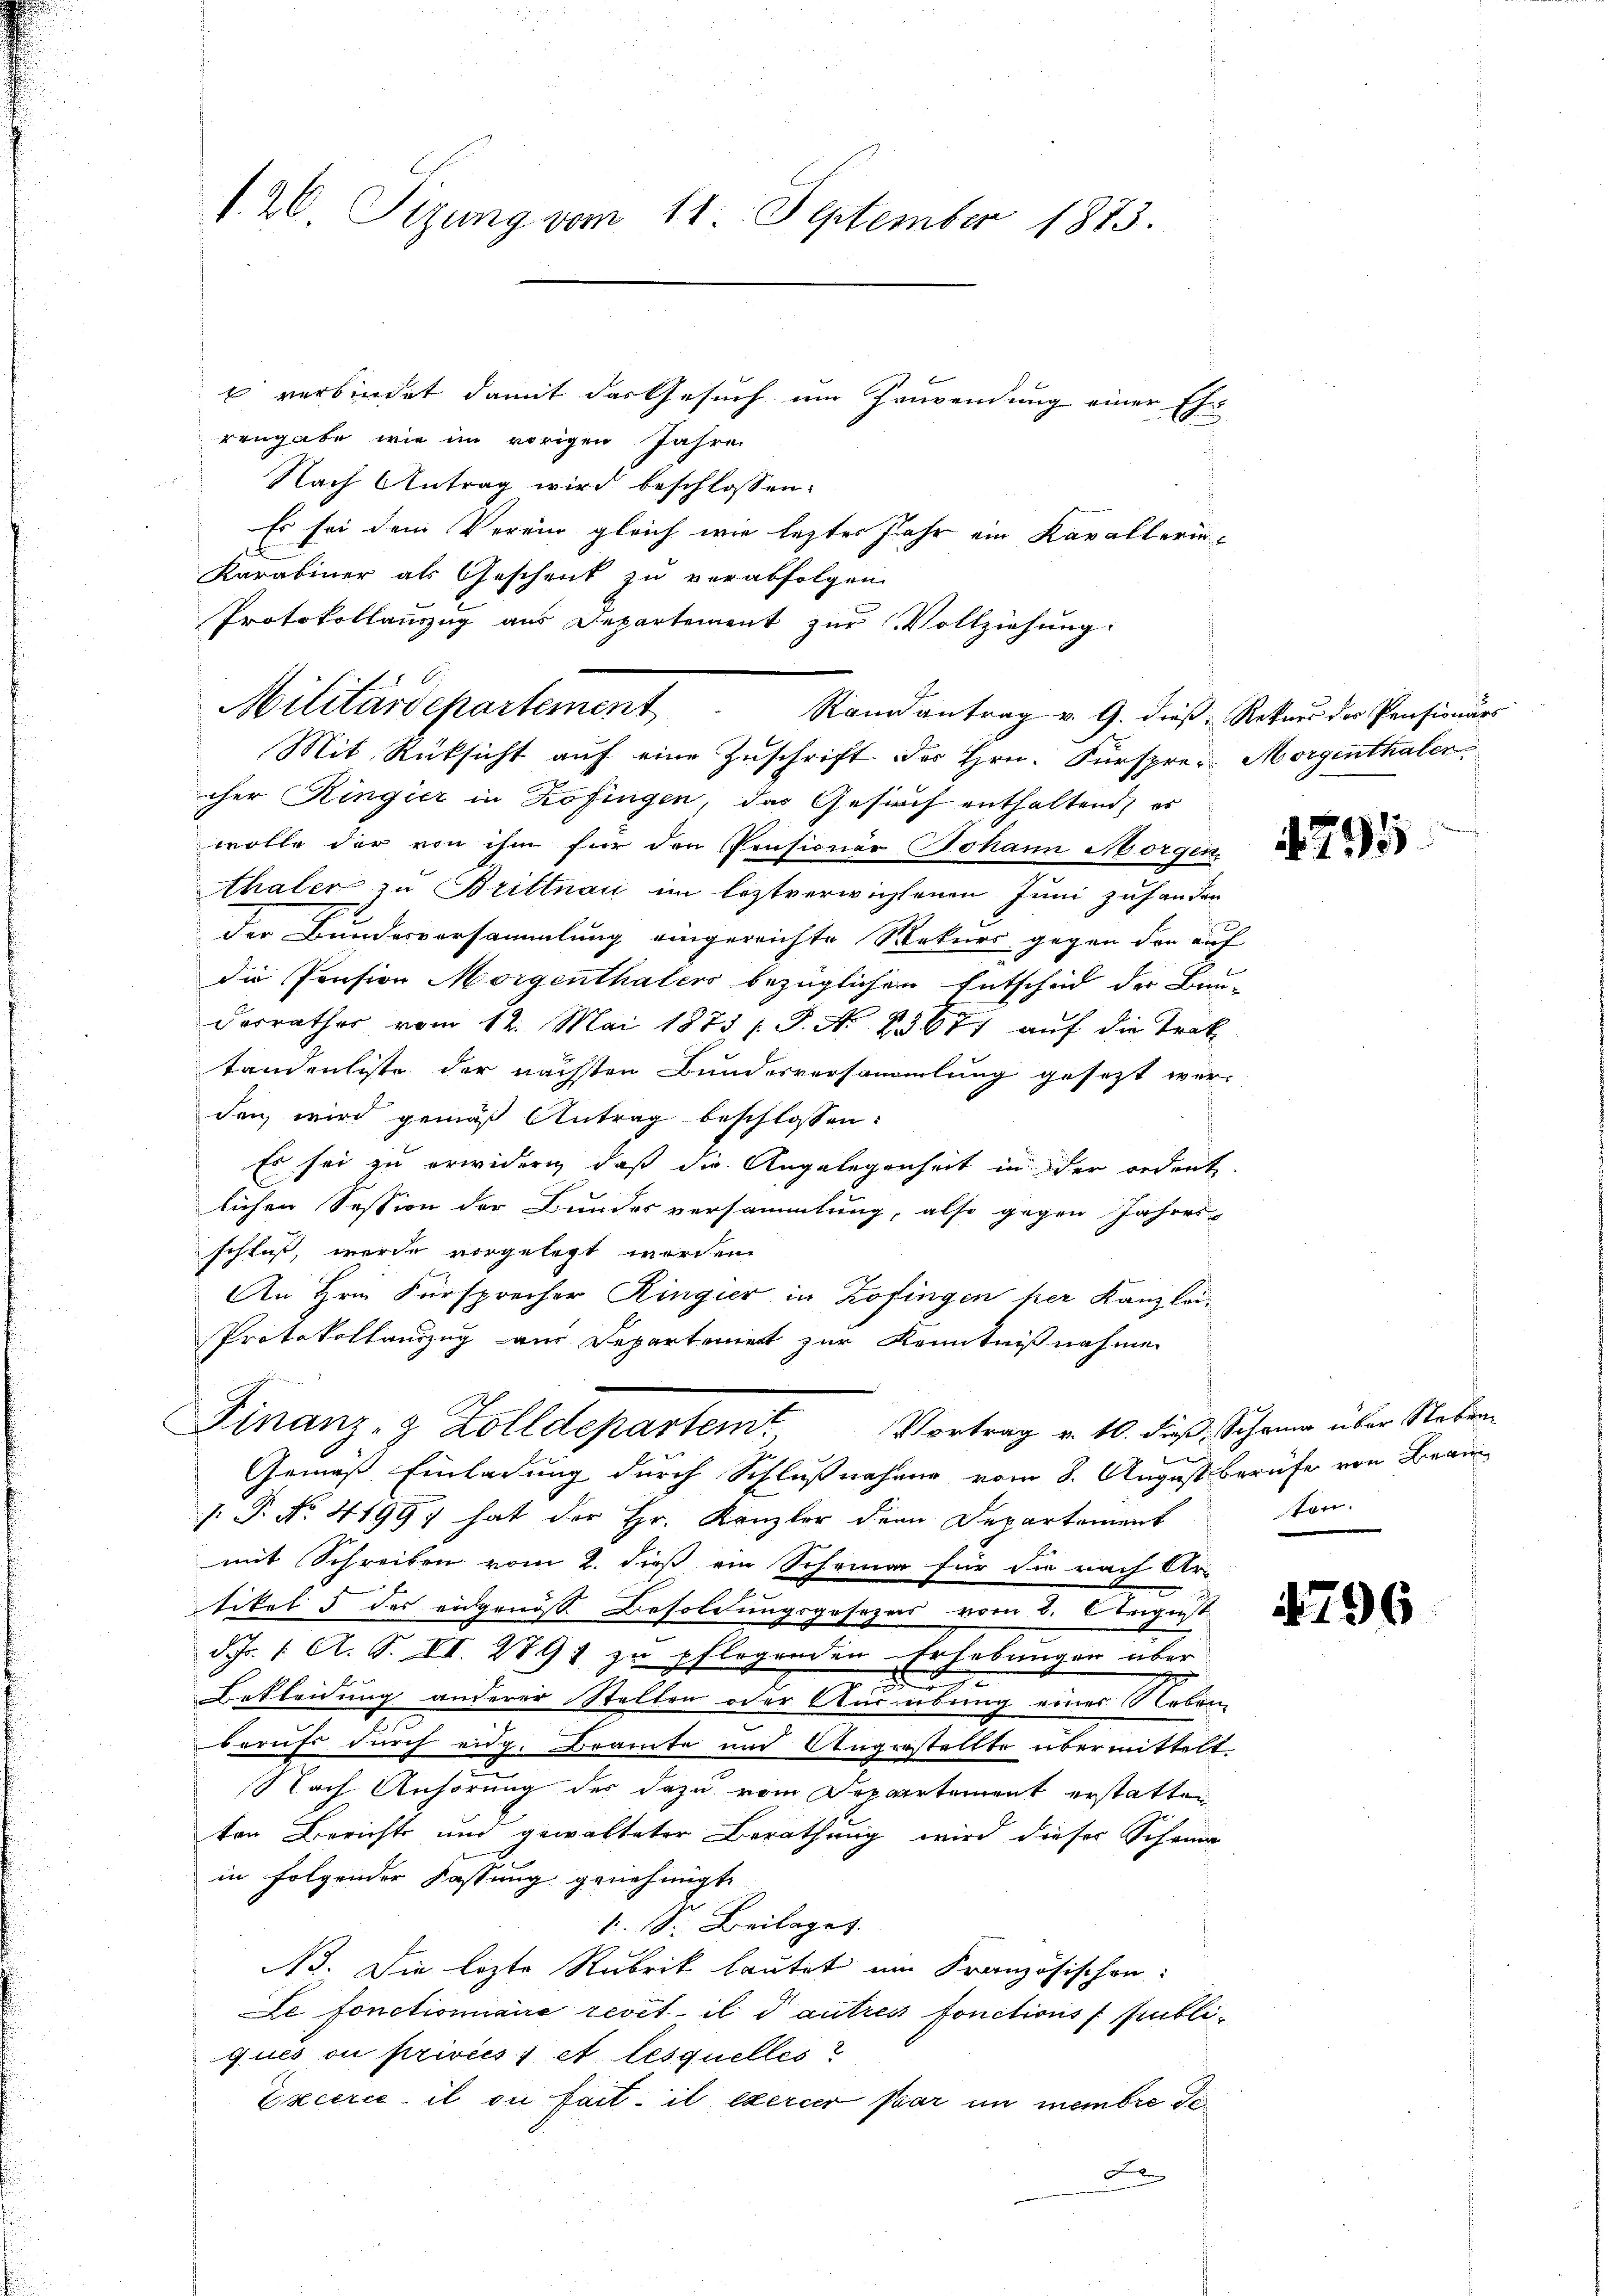
1. 26 Sizung vom 11. September 1873.

verbindet damit das Gesuch um Zuwendung einer Ehe
rengabe wie im vorigen Jahre
Nach Antrag wird beschlossen:
Es sei dem Verein gleich wie lezter Jahr ein Kavallerin¬
Karabiner als Geschenk zu verabfolgen.
Protokollauszug aus Departement zur Vollziehung.
Mit Rüksicht auf eine Zuschrift des Hrn. Fürspre-Morgenthalen
cher Ringier in Zofingen, das Gesuch enthaltend, es
wolle der von ihm für den Pensionär Johann Morgen,
Thaler zu Brittnau im leztverwichtenen Juni zufanden
der Bundesversammlung eingereichte Rekurs gegen der auf
die Pension Morgenthalers bezüglichen Entscheid der Bun-
derrathes vom 12. Mai 1873 s. S. No 83671 auf die Traktandenliste der nächsten Bundesversammlung gesetzt wer-
den wird gemäß Antrag beschlossen:
Es sei zu erwidern, daß die Angelegenheit in der ordent.
lichen Session der Bundesversammlung, also gegen Jahres-
schlaß, werde vorgelegt werden.
An Hrn. Fürsprecher Ringier in Zofingen per Kanzlei¬
Protokollauszug aus Departement zur Kenntnißnahme
Finanz- & Zolldepartem Vortrag v. 10. dieß, Schann über Neben
Gemäß Einladung durch Schlußnahme vom 8. August berufe von Bean
 P. No. 41997 hat der Hr. Kanzler denn Departement
mit Schreiben vom 2. dieß ein Scheiner für die nach Ar-
tikel 5 des eidgenöß Besoldungsgesezes vom 8. August
d. J. 1. A. S. II. 289) zu pflegenden Erhebungen über
Bekleidung anderer Stellen oder Ausübung eines Neben
Berufs durch eidg. Braute und Ungerstellte übermittelt.
Nach Anhörung der dazu vom Departement erstatten
ten Berichts und gewalteter Berathung wird dieser Scheina
in folgender Fassung genehmigt.
1. Sr. Beilages
N. Die lezte Rubrik lautete ein Französischen:
e fonctionnaire revet il T autres fonctions Publiqués ou privics 1 et lesquelles
Excerce il ou fait, il exercer par in membre de¬
F

Militärdepartement

Randantrag v. G. dieß, Rekurs der Pensionärs

795

hen.

4796